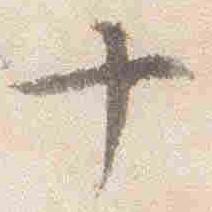
十